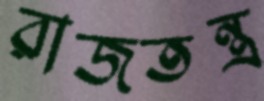
রাজতন্ত্র